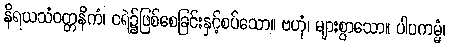
နိရယသံဝတ္တနိကံ၊ ငရဲ၌ဖြစ်စေခြင်းနှင့်စပ်သော။ ဗဟုံ၊ များစွာသော။ ပါပကမ္မံ၊